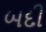
બદી